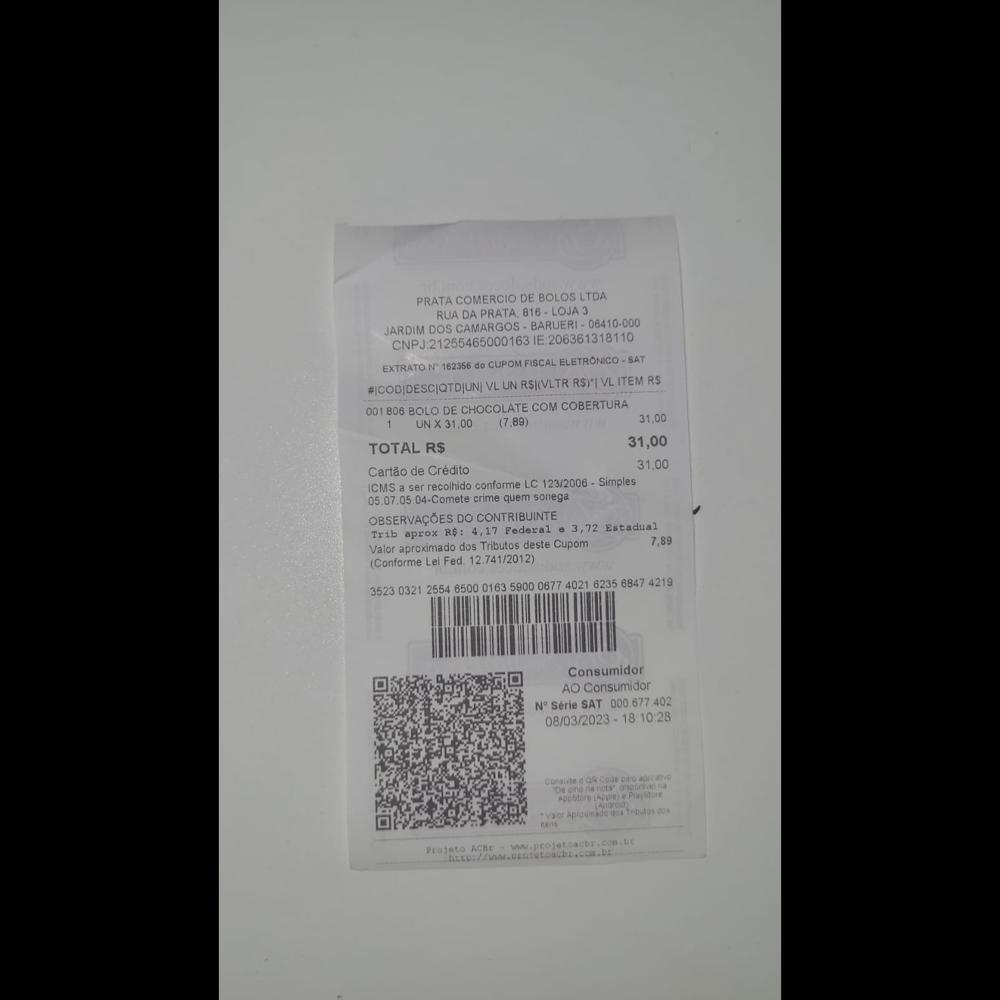
PRATA COMERCIO DE BOLOS LTDA RUA DA PRATA. 816-LOJA3 JARDIM DOS CAMARGOS- BARUERI 06410-000 CNPJ21256465000163 IE: 206361318110 EXTRATON" 162356 do CUPOM FISCAL ELETRONICO-SAT #ICODIDESCIOTDIUN VLI UN RSIVLTR RSYTVLITEMI RS 001806 BOLO DE CHOCOLATE COM COBERTURA UNX31.00 (7.89) TOTAL R$ Cartao de Crédito ICMS a ser recolhido conforme LC 123/2006- Simples 05.07.05. 04-Comete crime quem sonega OBSERVAÇOES DO CONTRIBUINTE Trib aprox R6: 4,17 Federal e 3,72 Estadual Valor aproximado dos Tributos deste Cupom (Conforme Lei Fed. 12.741/2012) 35230321 2554. 6500 0163.5900 0677: 4021 623568474219 31,00 31,00 31,00 7,89 Consumidor AO Consumidor No Série SAT 000.677.402 08/03/2023-1 18:10:28 Proisto